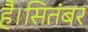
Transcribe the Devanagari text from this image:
है।सितंबर